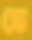
ডে